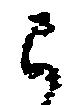
已